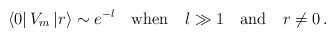
\begin{align*}\left\langle 0\right| V_{m}\left| r\right\rangle \sim e^{-l}\quad \mathrm{when}\quad l\gg 1\quad \mathrm{and}\quad r\neq 0\, .\end{align*}